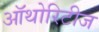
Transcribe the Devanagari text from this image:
ऑथोरिटीज